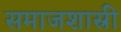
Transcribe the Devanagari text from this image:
समाजशास्री